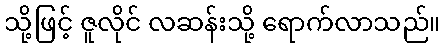
သို့ဖြင့် ဇူလိုင် လဆန်းသို့ ရောက်လာသည်။